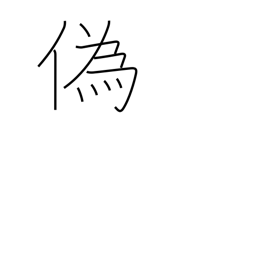
Meaning: lie